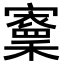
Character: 𡫵